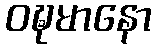
ဝဍ္ဎမာနော